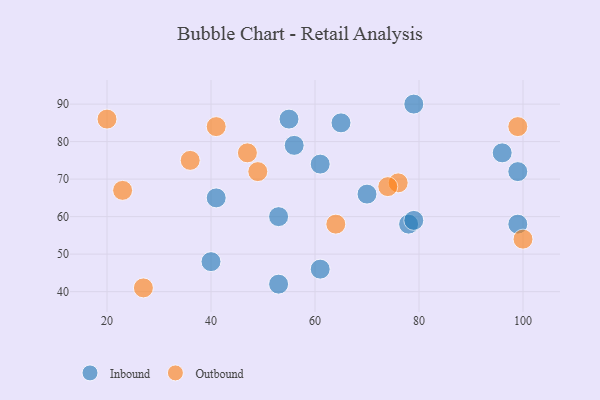
{"axis": {"x": "GDP", "y": "Life Expectancy"}, "legend": ["Inbound", "Outbound"], "data": [{"x": "78", "y": 58, "type": "Inbound"}, {"x": "53", "y": 42, "type": "Inbound"}, {"x": "55", "y": 86, "type": "Inbound"}, {"x": "99", "y": 58, "type": "Inbound"}, {"x": "41", "y": 65, "type": "Inbound"}, {"x": "65", "y": 85, "type": "Inbound"}, {"x": "79", "y": 90, "type": "Inbound"}, {"x": "99", "y": 72, "type": "Inbound"}, {"x": "61", "y": 74, "type": "Inbound"}, {"x": "79", "y": 59, "type": "Inbound"}, {"x": "96", "y": 77, "type": "Inbound"}, {"x": "61", "y": 46, "type": "Inbound"}, {"x": "56", "y": 79, "type": "Inbound"}, {"x": "40", "y": 48, "type": "Inbound"}, {"x": "53", "y": 60, "type": "Inbound"}, {"x": "70", "y": 66, "type": "Inbound"}, {"x": "76", "y": 69, "type": "Outbound"}, {"x": "100", "y": 54, "type": "Outbound"}, {"x": "23", "y": 67, "type": "Outbound"}, {"x": "49", "y": 72, "type": "Outbound"}, {"x": "20", "y": 86, "type": "Outbound"}, {"x": "74", "y": 68, "type": "Outbound"}, {"x": "27", "y": 41, "type": "Outbound"}, {"x": "99", "y": 84, "type": "Outbound"}, {"x": "41", "y": 84, "type": "Outbound"}, {"x": "36", "y": 75, "type": "Outbound"}, {"x": "47", "y": 77, "type": "Outbound"}, {"x": "64", "y": 58, "type": "Outbound"}]}